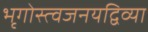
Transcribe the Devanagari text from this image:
भृगोस्त्वजनयद्विव्या